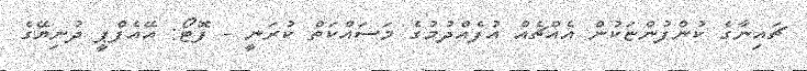
ޗައިނާގެ ކުންފުންޏަކުން އެއްޗެއް އުފެއްދުމުގެ މަސައްކަތް ކުރަނީ - ފޮޓޯ: އޭއެފްޕީ ދުނިޔޭގެ